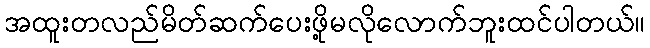
အထူးတလည်မိတ်ဆက်ပေးဖို့မလိုလောက်ဘူးထင်ပါတယ်။